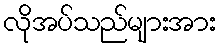
လိုအပ်သည်များအား